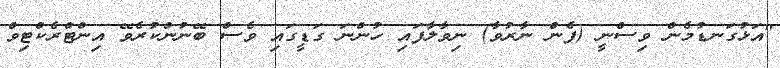
"އަޅުގަނޑުމެން ވިސްނީ (ފެން ނާރުވާ) ނިވާލާފައި ހުންނަ ގަޑީގައި ވެސް ބޭނުންކުރެވޭ އިންޓްރެކްޓިވް